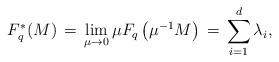
LaTeX: \begin{align*}F_q^*(M)\,=\,\lim_{\mu\to 0}\mu F_q\left(\mu^{-1}M\right)\,=\,\sum_{i=1}^d \lambda_i,\end{align*}